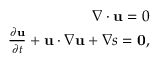
\begin{array} { r } { \nabla \cdot \mathbf { u } = 0 } \\ { { \frac { \partial \mathbf { u } } { \partial t } } + \mathbf { u } \cdot \nabla \mathbf { u } + \nabla s = \mathbf { 0 } , } \end{array}